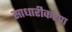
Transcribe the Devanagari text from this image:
साधारीकरण